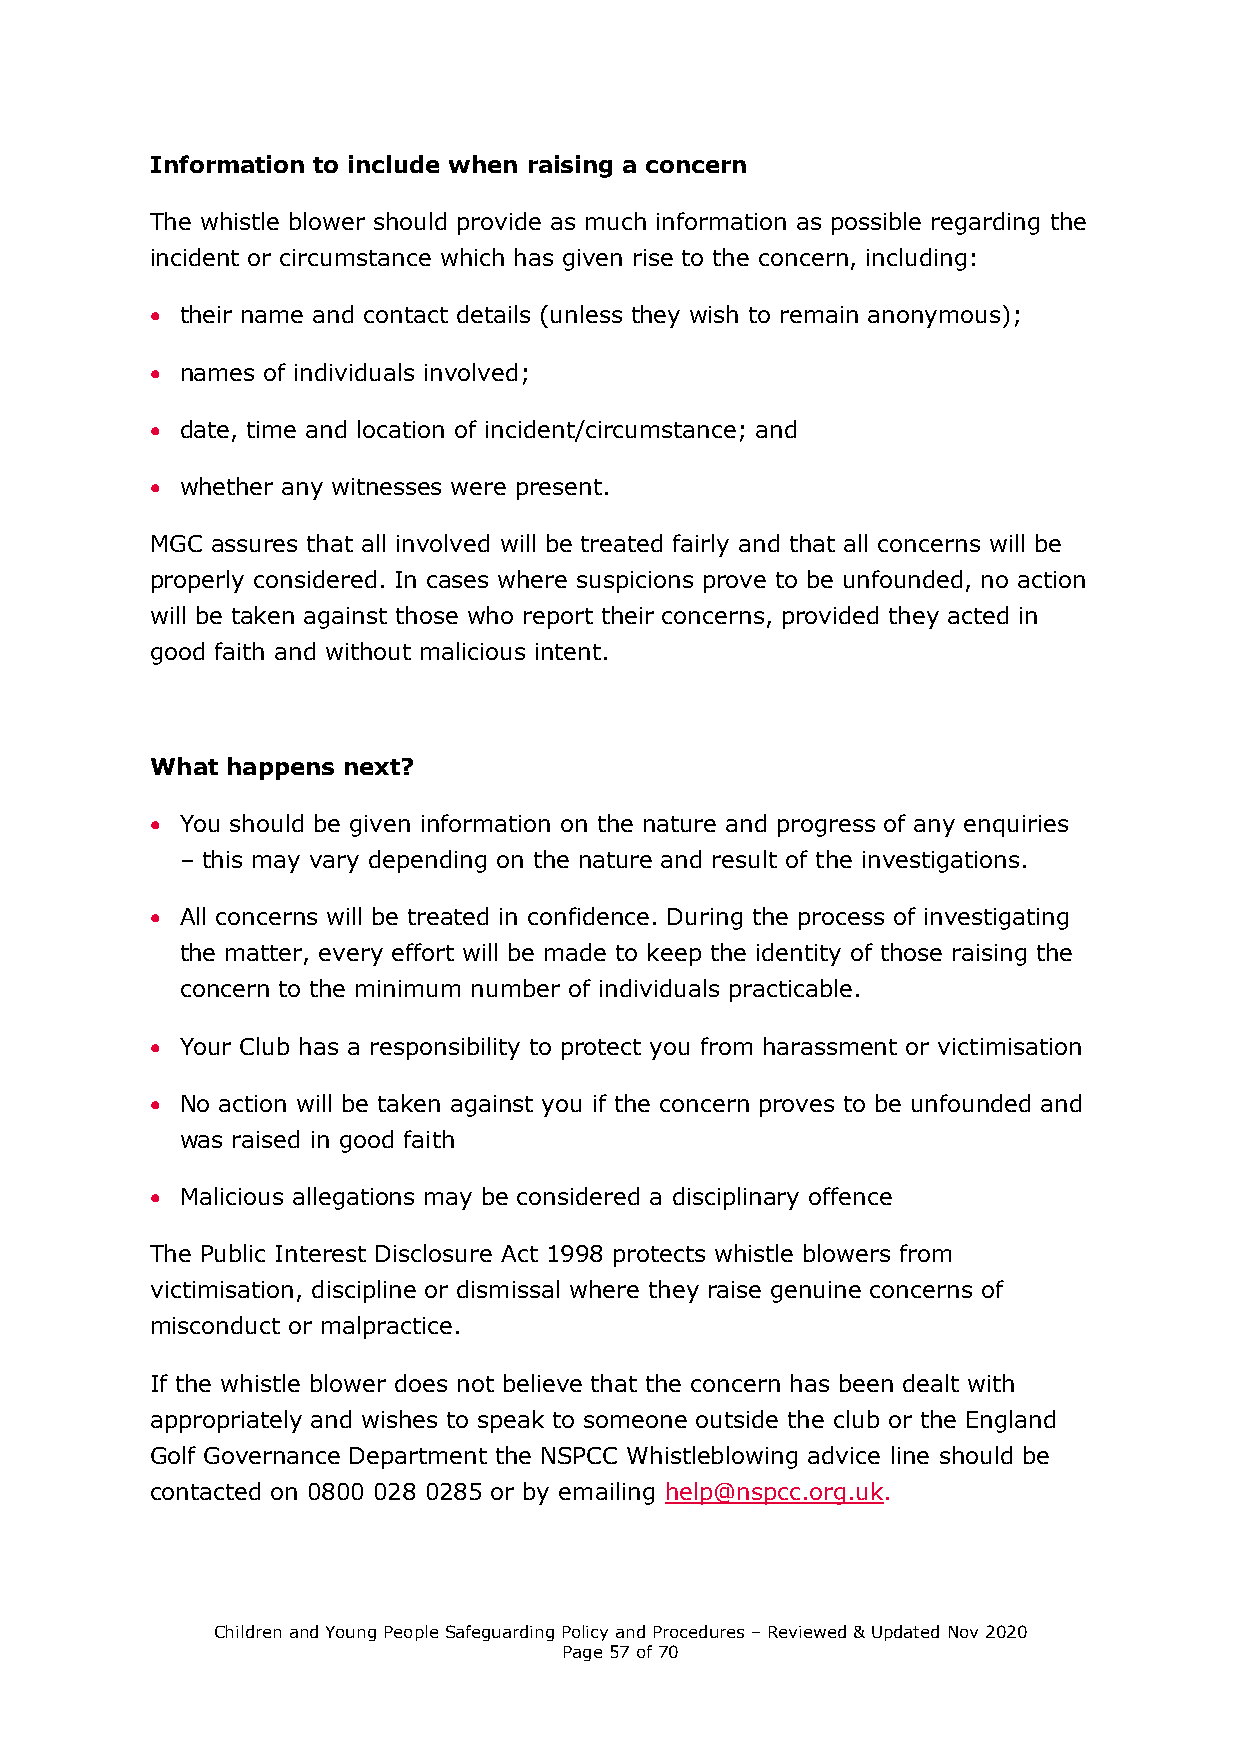
Information to include when raising a concern
 The whistle blower should provide as much information as possible regarding the
 incident or circumstance which has given rise to the concern, including:
  their name and contact details (unless they wish to remain anonymous);
  names of individuals involved;
  date, time and location of incident/circumstance; and
  whether any witnesses were present.
 MGC assures that all involved will be treated fairly and that all concerns will be
 properly considered. In cases where suspicions prove to be unfounded, no action
 will be taken against those who report their concerns, provided they acted in
 good faith and without malicious intent.
 What happens next?
  You should be given information on the nature and progress of any enquiries
 – this may vary depending on the nature and result of the investigations.
  All concerns will be treated in confidence. During the process of investigating
 the matter, every effort will be made to keep the identity of those raising the
 concern to the minimum number of individuals practicable.
  Your Club has a responsibility to protect you from harassment or victimisation
  No action will be taken against you if the concern proves to be unfounded and
 was raised in good faith
  Malicious allegations may be considered a disciplinary offence
 The Public Interest Disclosure Act 1998 protects whistle blowers from
 victimisation, discipline or dismissal where they raise genuine concerns of
 misconduct or malpractice.
 If the whistle blower does not believe that the concern has been dealt with
 appropriately and wishes to speak to someone outside the club or the England
 Golf Governance Department the NSPCC Whistleblowing advice line should be
 contacted on 0800 028 0285 or by emailing help@nspcc.org.uk.
 Children and Young People Safeguarding Policy and Procedures – Reviewed & Updated Nov 2020
 Page 57 of 70